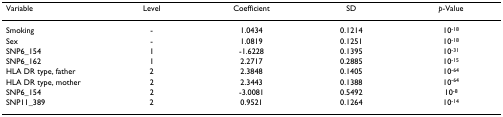
<table><thead><tr><td><b>Variable</b></td><td><b>Level</b></td><td><b>Coefficient</b></td><td><b>SD</b></td><td><b><i>p</i>-Value</b></td></tr></thead><tbody><tr><td>Smoking</td><td>-</td><td>1.0434</td><td>0.1214</td><td>10<sup>-18</sup></td></tr><tr><td>Sex</td><td>-</td><td>1.0819</td><td>0.1251</td><td>10<sup>-18</sup></td></tr><tr><td>SNP6_154</td><td>1</td><td>-1.6228</td><td>0.1395</td><td>10<sup>-31</sup></td></tr><tr><td>SNP6_162</td><td>1</td><td>2.2717</td><td>0.2885</td><td>10<sup>-15</sup></td></tr><tr><td>HLA DR type, father</td><td>2</td><td>2.3848</td><td>0.1405</td><td>10<sup>-64</sup></td></tr><tr><td>HLA DR type, mother</td><td>2</td><td>2.3443</td><td>0.1388</td><td>10<sup>-64</sup></td></tr><tr><td>SNP6_154</td><td>2</td><td>-3.0081</td><td>0.5492</td><td>10<sup>-8</sup></td></tr><tr><td>SNP11_389</td><td>2</td><td>0.9521</td><td>0.1264</td><td>10<sup>-14</sup></td></tr></tbody></table>